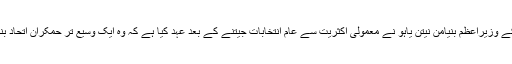
اسرائیل کے وزیراعظم بنیامن نیتن یاہو نے معمولی اکثریت سے عام انتخابات جیتنے کے بعد عہد کیا ہے کہ وہ ایک وسیع تر حمکران اتحاد بنائیں گے۔